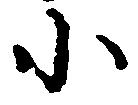
小